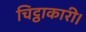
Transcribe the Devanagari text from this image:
चिट्ठाकारी।